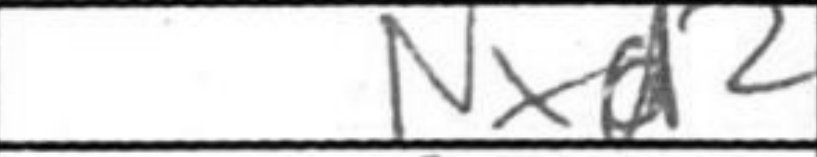
Transcription: Nxd2